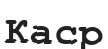
Каср